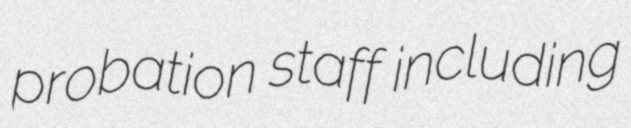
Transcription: probation staff including